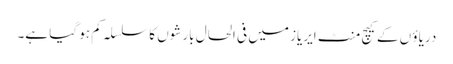
دریاؤ ں کے کیچ منٹ ایریاز میں فی الحال بارشوں کا سلسلہ کم ہو گیا ہے۔